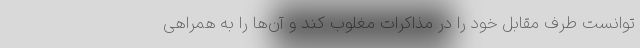
توانست طرف مقابل خود را در مذاکرات مغلوب کند و آن‌ها را به همراهی